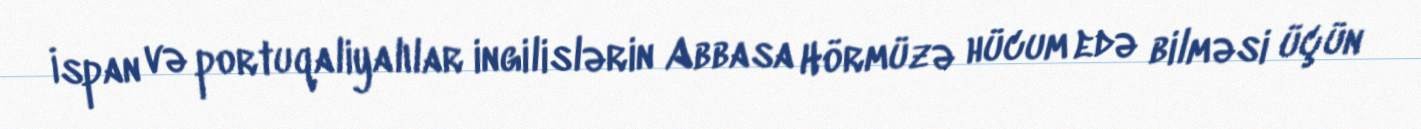
İspan və portuqaliyalılar ingilislərin Abbasa Hörmüzə hücum edə bilməsi üçün